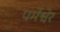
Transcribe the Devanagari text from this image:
पर्मेश्वेर